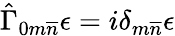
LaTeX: \hat{\Gamma}_{0m\overline{{{n}}}}\epsilon=i\delta_{m\overline{{{n}}}}\epsilon